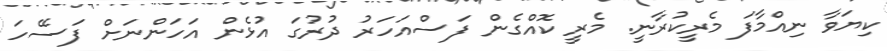
ކިޔަވާ ނިއްމާފަ މެރީކުރާނީ. މެރީ ކޮއްގެން ފަސްއަހަރު ދުރުގަ އުޅެން އަހަންނަށް ފަސޭހަ